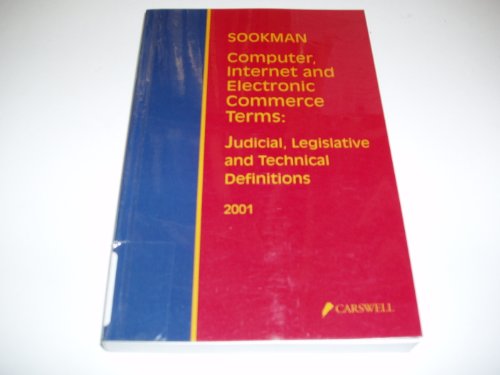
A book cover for Computer, Internet and Electronic Commerce Terms: Judicial, Technical and Legislative Definitions; Barry B. Sookman; Law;